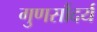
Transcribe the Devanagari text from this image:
गुणसौंदर्य